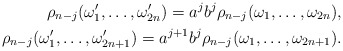
\begin{align*}\rho_{n-j}(\omega'_1,\ldots,\omega'_{2n})=a^jb^j\rho_{n-j}(\omega_1,\ldots,\omega_{2n}),\\\rho_{n-j}(\omega'_1,\ldots,\omega'_{2n+1})=a^{j+1}b^j\rho_{n-j}(\omega_1,\ldots,\omega_{2n+1}).\end{align*}